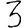
Digit: 3